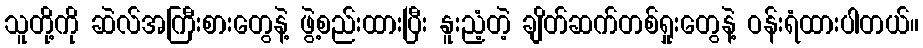
သူတို့ကို ဆဲလ်အကြီးစားတွေနဲ့ ဖွဲ့စည်းထားပြီး နူးညံ့တဲ့ ချိတ်ဆက်တစ်ရှုးတွေနဲ့ ဝန်းရံထားပါတယ်။